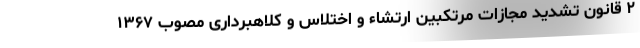
۲ قانون تشدید مجازات مرتکبین ارتشاء و اختلاس و کلاهبرداری مصوب ۱۳۶۷